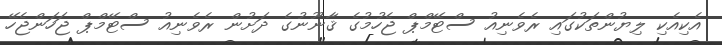
އެކިއެކި ލިޔުންތަކުގައި ރެވެނިއު ސްޓޭމްޕް ޖެހުމުގެ ޤާނޫނުގެ ދަށުން ރެވެނިއު ސްޓޭމްޕް ޖަހަންޖެހޭ